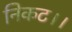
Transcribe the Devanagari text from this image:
निकट।।